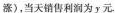
涨)，当天销售利润为y元